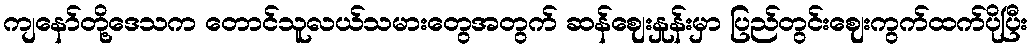
ကျနော်တို့ဒေသက တောင်သူလယ်သမားတွေအတွက် ဆန်ဈေးနှုန်းမှာ ပြည်တွင်းဈေးကွက်ထက်ပိုပြီး